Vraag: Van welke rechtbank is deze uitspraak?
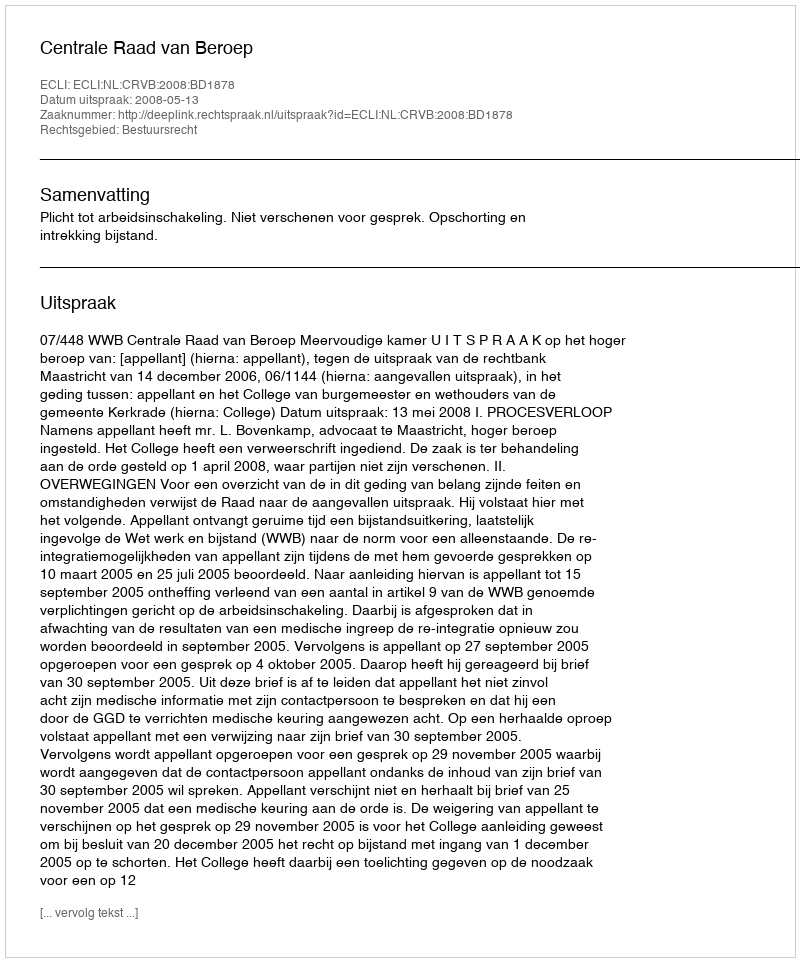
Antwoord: Centrale Raad van Beroep